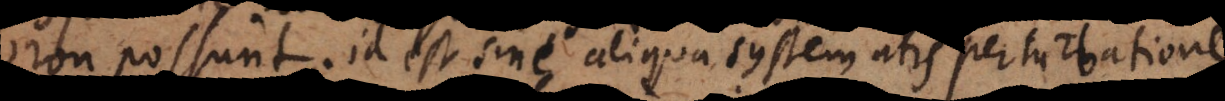
non possunt, id est sine aliqua systematis perturbation